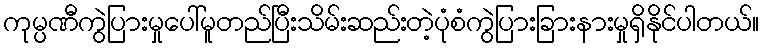
ကုမ္ပဏီကွဲပြားမှုပေါ်မူတည်ပြီးသိမ်းဆည်းတဲ့ပုံစံကွဲပြားခြားနားမှုရှိနိုင်ပါတယ်။